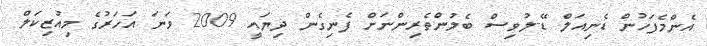
އެންމެފަހުން ޑެނިއަލް ޑޭ-ލުވިސް ބެލުންތެރިންނަށް ފެނިގެން ދިޔައީ 2009 ވަނަ އަހަރުގެ މިއުޒިކަލް